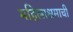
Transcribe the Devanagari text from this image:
महिलाश्रमाची